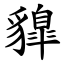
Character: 䝥